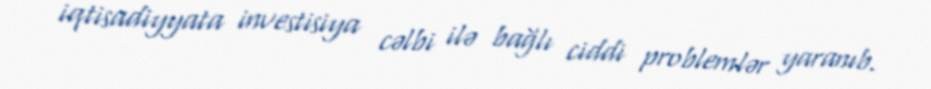
iqtisadiyyata investisiya cəlbi ilə bağlı ciddi problemlər yaranıb.